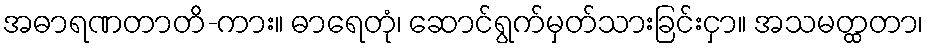
အဓာရဏတာတိ-ကား။ ဓာရေတုံ၊ ဆောင်ရွက်မှတ်သားခြင်းငှာ။ အသမတ္ထတာ၊